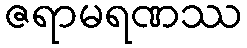
ဇရာမရဏဿ